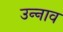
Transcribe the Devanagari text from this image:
उन्‍नाव